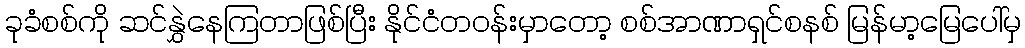
ခုခံစစ်ကို ဆင်နွှဲနေကြတာဖြစ်ပြီး နိုင်ငံတဝန်းမှာတော့ စစ်အာဏာရှင်စနစ် မြန်မာ့မြေပေါ်မှ